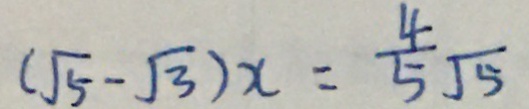
( \sqrt { 5 } - \sqrt { 3 } ) x = \frac { 4 } { 5 } \sqrt { 5 }